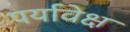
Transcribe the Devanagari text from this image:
पर्यावेक्ष